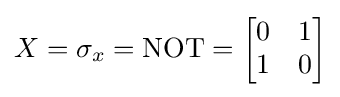
X=\sigma _{x}=\operatorname {NOT} ={\begin{bmatrix}0&1\\1&0\end{bmatrix}}